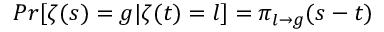
P r [ \zeta ( s ) = g | \zeta ( t ) = l ] = \pi _ { l \to g } ( s - t )